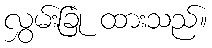
လွှမ်းခြုံ ထားသည်။